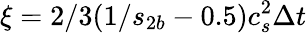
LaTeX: \xi=2/3(1/{s_{2b}}-0.5)c_{s}^{2}\Delta t